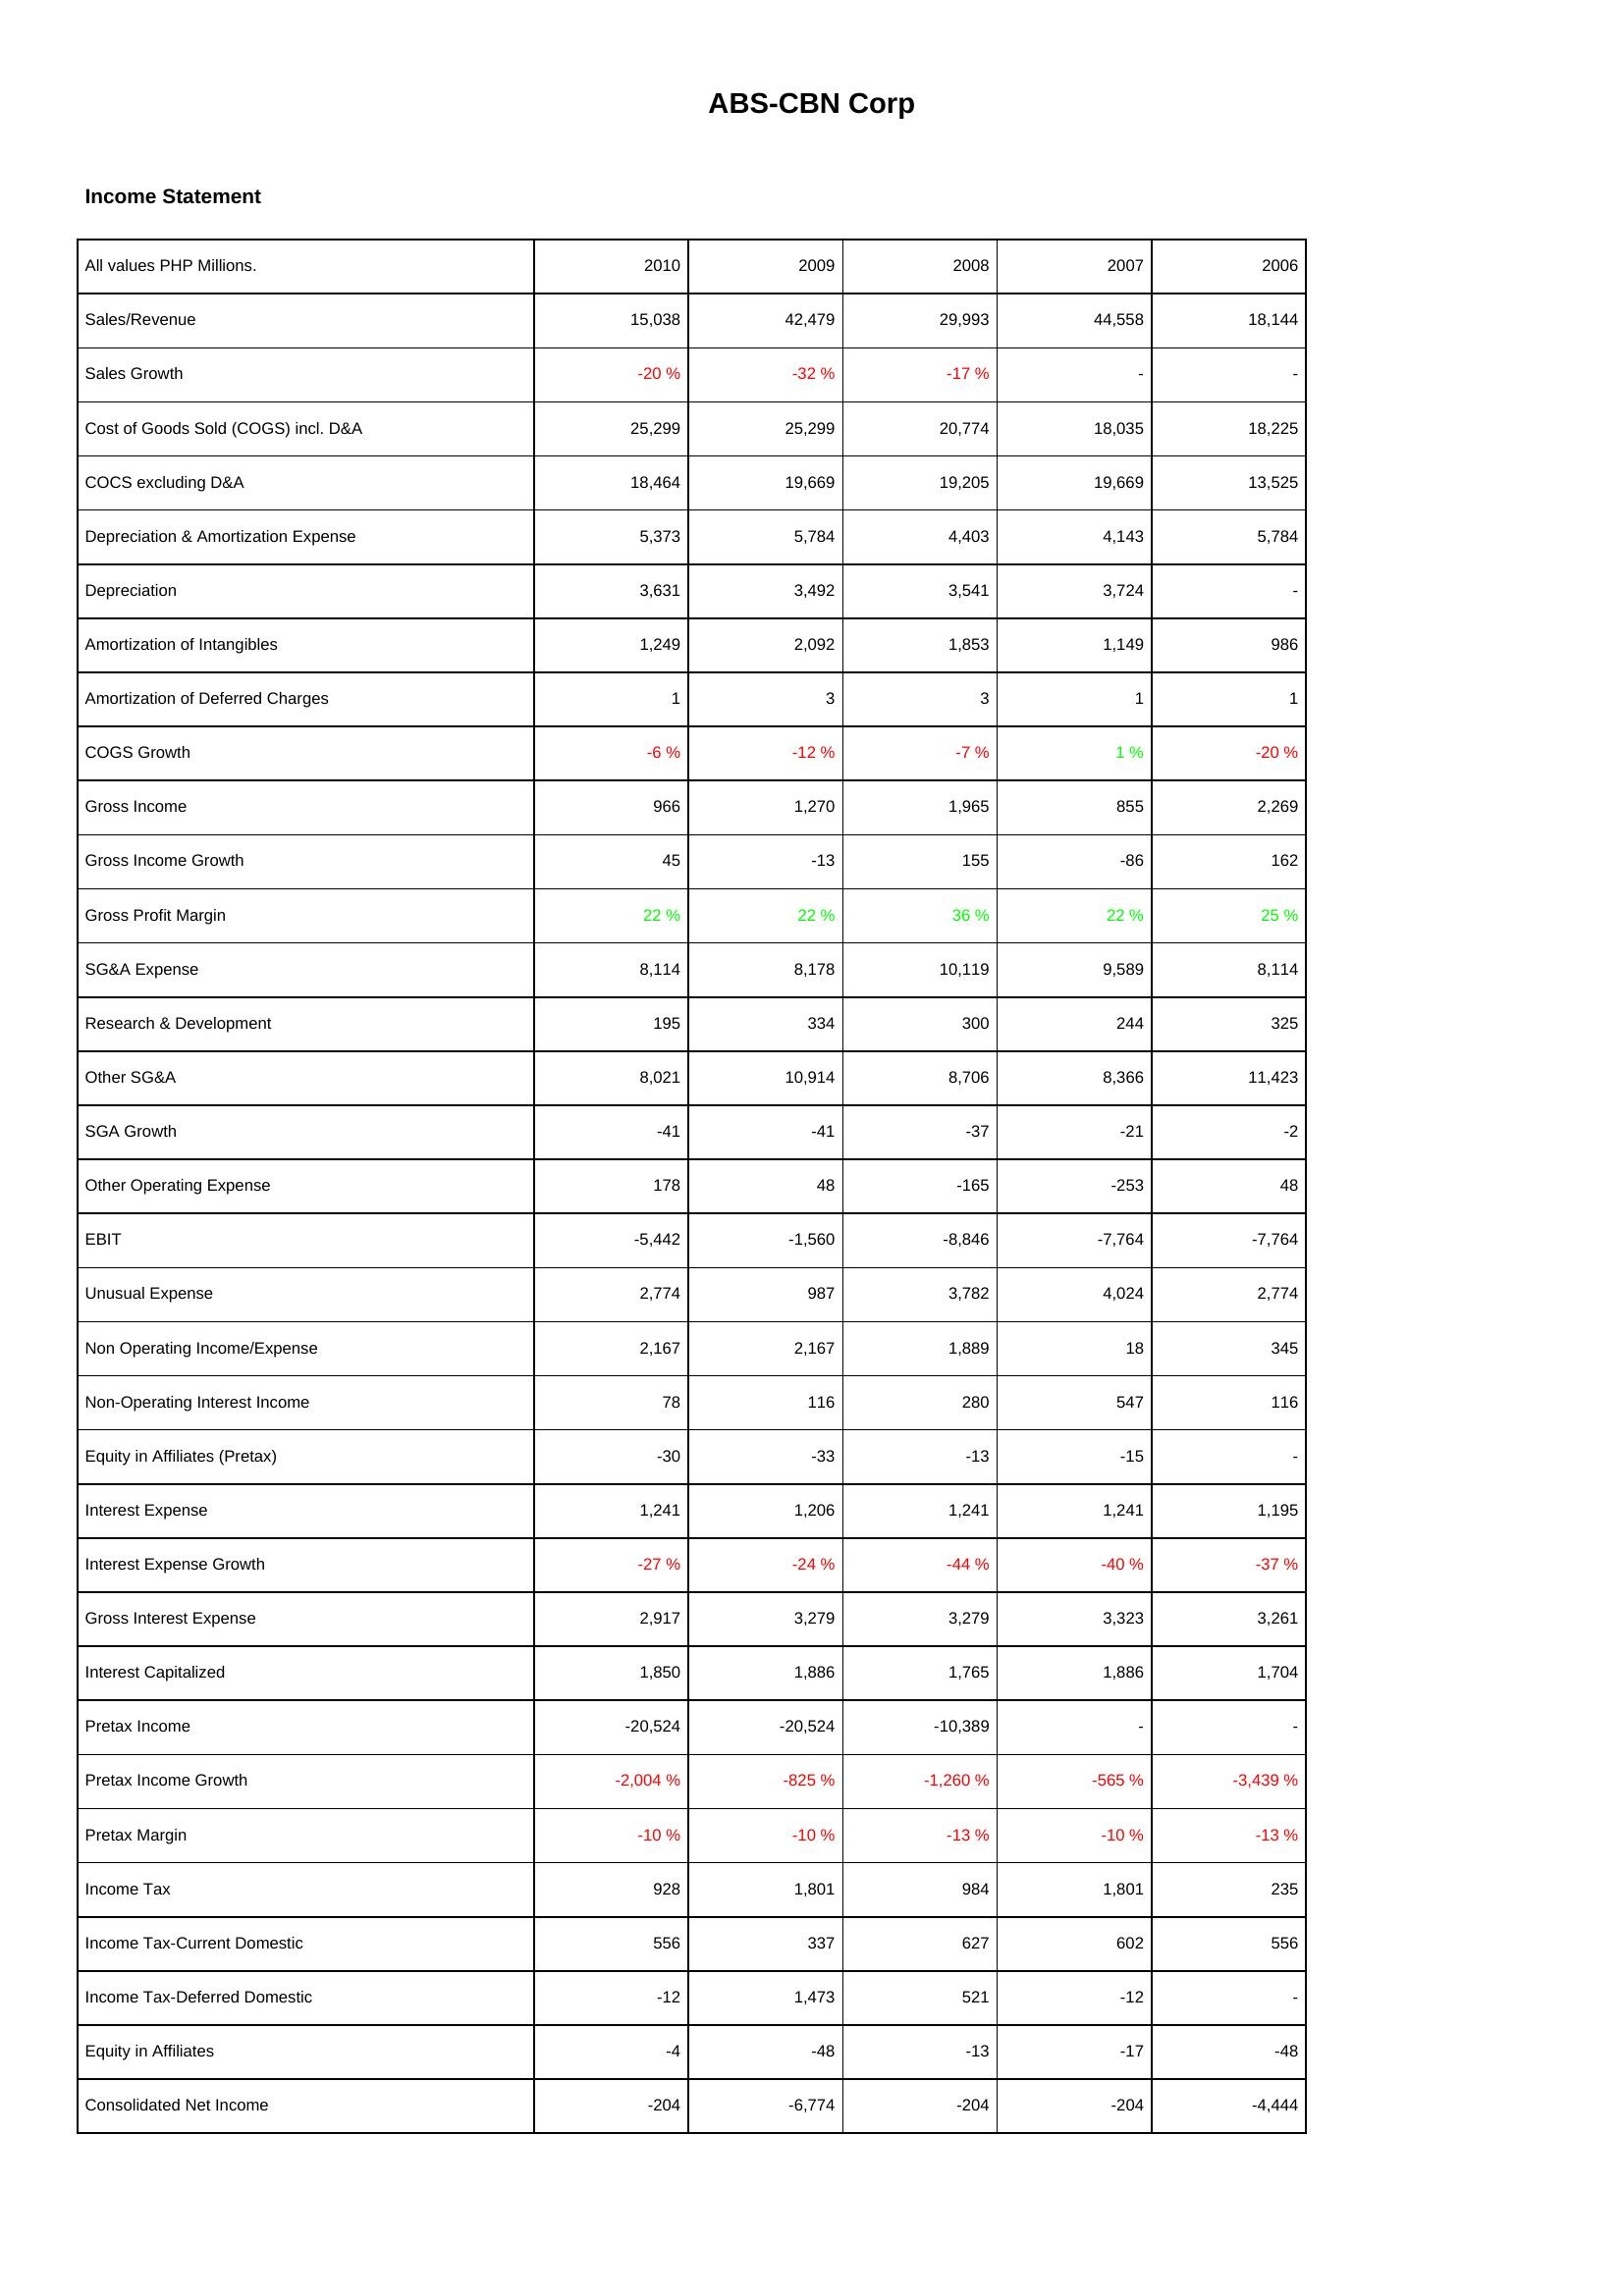
2010: Income Statement: Sales/Revenue: 15,038
Sales Growth: -20 %
Cost of Goods Sold (COGS) incl. D&A: 25,299
COCS excluding D&A: 18,464
Depreciation & Amortization Expense: 5,373
Depreciation: 3,631
Amortization of Intangibles: 1,249
Amortization of Deferred Charges: 1
COGS Growth: -6 %
Gross Income: 966
Gross Income Growth: 45
Gross Profit Margin: 22 %
SG&A Expense: 8,114
Research & Development: 195
Other SG&A: 8,021
SGA Growth: -41
Other Operating Expense: 178
EBIT: -5,442
Unusual Expense: 2,774
Non Operating Income/Expense: 2,167
Non-Operating Interest Income: 78
Equity in Affiliates (Pretax): -30
Interest Expense: 1,241
Interest Expense Growth: -27 %
Gross Interest Expense: 2,917
Interest Capitalized: 1,850
Pretax Income: -20,524
Pretax Income Growth: -2,004 %
Pretax Margin: -10 %
Income Tax: 928
Income Tax-Current Domestic: 556
Income Tax-Deferred Domestic: -12
Equity in Affiliates: -4
Consolidated Net Income: -204
2009: Income Statement: Sales/Revenue: 42,479
Sales Growth: -32 %
Cost of Goods Sold (COGS) incl. D&A: 25,299
COCS excluding D&A: 19,669
Depreciation & Amortization Expense: 5,784
Depreciation: 3,492
Amortization of Intangibles: 2,092
Amortization of Deferred Charges: 3
COGS Growth: -12 %
Gross Income: 1,270
Gross Income Growth: -13
Gross Profit Margin: 22 %
SG&A Expense: 8,178
Research & Development: 334
Other SG&A: 10,914
SGA Growth: -41
Other Operating Expense: 48
EBIT: -1,560
Unusual Expense: 987
Non Operating Income/Expense: 2,167
Non-Operating Interest Income: 116
Equity in Affiliates (Pretax): -33
Interest Expense: 1,206
Interest Expense Growth: -24 %
Gross Interest Expense: 3,279
Interest Capitalized: 1,886
Pretax Income: -20,524
Pretax Income Growth: -825 %
Pretax Margin: -10 %
Income Tax: 1,801
Income Tax-Current Domestic: 337
Income Tax-Deferred Domestic: 1,473
Equity in Affiliates: -48
Consolidated Net Income: -6,774
2008: Income Statement: Sales/Revenue: 29,993
Sales Growth: -17 %
Cost of Goods Sold (COGS) incl. D&A: 20,774
COCS excluding D&A: 19,205
Depreciation & Amortization Expense: 4,403
Depreciation: 3,541
Amortization of Intangibles: 1,853
Amortization of Deferred Charges: 3
COGS Growth: -7 %
Gross Income: 1,965
Gross Income Growth: 155
Gross Profit Margin: 36 %
SG&A Expense: 10,119
Research & Development: 300
Other SG&A: 8,706
SGA Growth: -37
Other Operating Expense: -165
EBIT: -8,846
Unusual Expense: 3,782
Non Operating Income/Expense: 1,889
Non-Operating Interest Income: 280
Equity in Affiliates (Pretax): -13
Interest Expense: 1,241
Interest Expense Growth: -44 %
Gross Interest Expense: 3,279
Interest Capitalized: 1,765
Pretax Income: -10,389
Pretax Income Growth: -1,260 %
Pretax Margin: -13 %
Income Tax: 984
Income Tax-Current Domestic: 627
Income Tax-Deferred Domestic: 521
Equity in Affiliates: -13
Consolidated Net Income: -204
2007: Income Statement: Sales/Revenue: 44,558
Sales Growth: -
Cost of Goods Sold (COGS) incl. D&A: 18,035
COCS excluding D&A: 19,669
Depreciation & Amortization Expense: 4,143
Depreciation: 3,724
Amortization of Intangibles: 1,149
Amortization of Deferred Charges: 1
COGS Growth: 1 %
Gross Income: 855
Gross Income Growth: -86
Gross Profit Margin: 22 %
SG&A Expense: 9,589
Research & Development: 244
Other SG&A: 8,366
SGA Growth: -21
Other Operating Expense: -253
EBIT: -7,764
Unusual Expense: 4,024
Non Operating Income/Expense: 18
Non-Operating Interest Income: 547
Equity in Affiliates (Pretax): -15
Interest Expense: 1,241
Interest Expense Growth: -40 %
Gross Interest Expense: 3,323
Interest Capitalized: 1,886
Pretax Income: -
Pretax Income Growth: -565 %
Pretax Margin: -10 %
Income Tax: 1,801
Income Tax-Current Domestic: 602
Income Tax-Deferred Domestic: -12
Equity in Affiliates: -17
Consolidated Net Income: -204
2006: Income Statement: Sales/Revenue: 18,144
Sales Growth: -
Cost of Goods Sold (COGS) incl. D&A: 18,225
COCS excluding D&A: 13,525
Depreciation & Amortization Expense: 5,784
Depreciation: -
Amortization of Intangibles: 986
Amortization of Deferred Charges: 1
COGS Growth: -20 %
Gross Income: 2,269
Gross Income Growth: 162
Gross Profit Margin: 25 %
SG&A Expense: 8,114
Research & Development: 325
Other SG&A: 11,423
SGA Growth: -2
Other Operating Expense: 48
EBIT: -7,764
Unusual Expense: 2,774
Non Operating Income/Expense: 345
Non-Operating Interest Income: 116
Equity in Affiliates (Pretax): -
Interest Expense: 1,195
Interest Expense Growth: -37 %
Gross Interest Expense: 3,261
Interest Capitalized: 1,704
Pretax Income: -
Pretax Income Growth: -3,439 %
Pretax Margin: -13 %
Income Tax: 235
Income Tax-Current Domestic: 556
Income Tax-Deferred Domestic: -
Equity in Affiliates: -48
Consolidated Net Income: -4,444